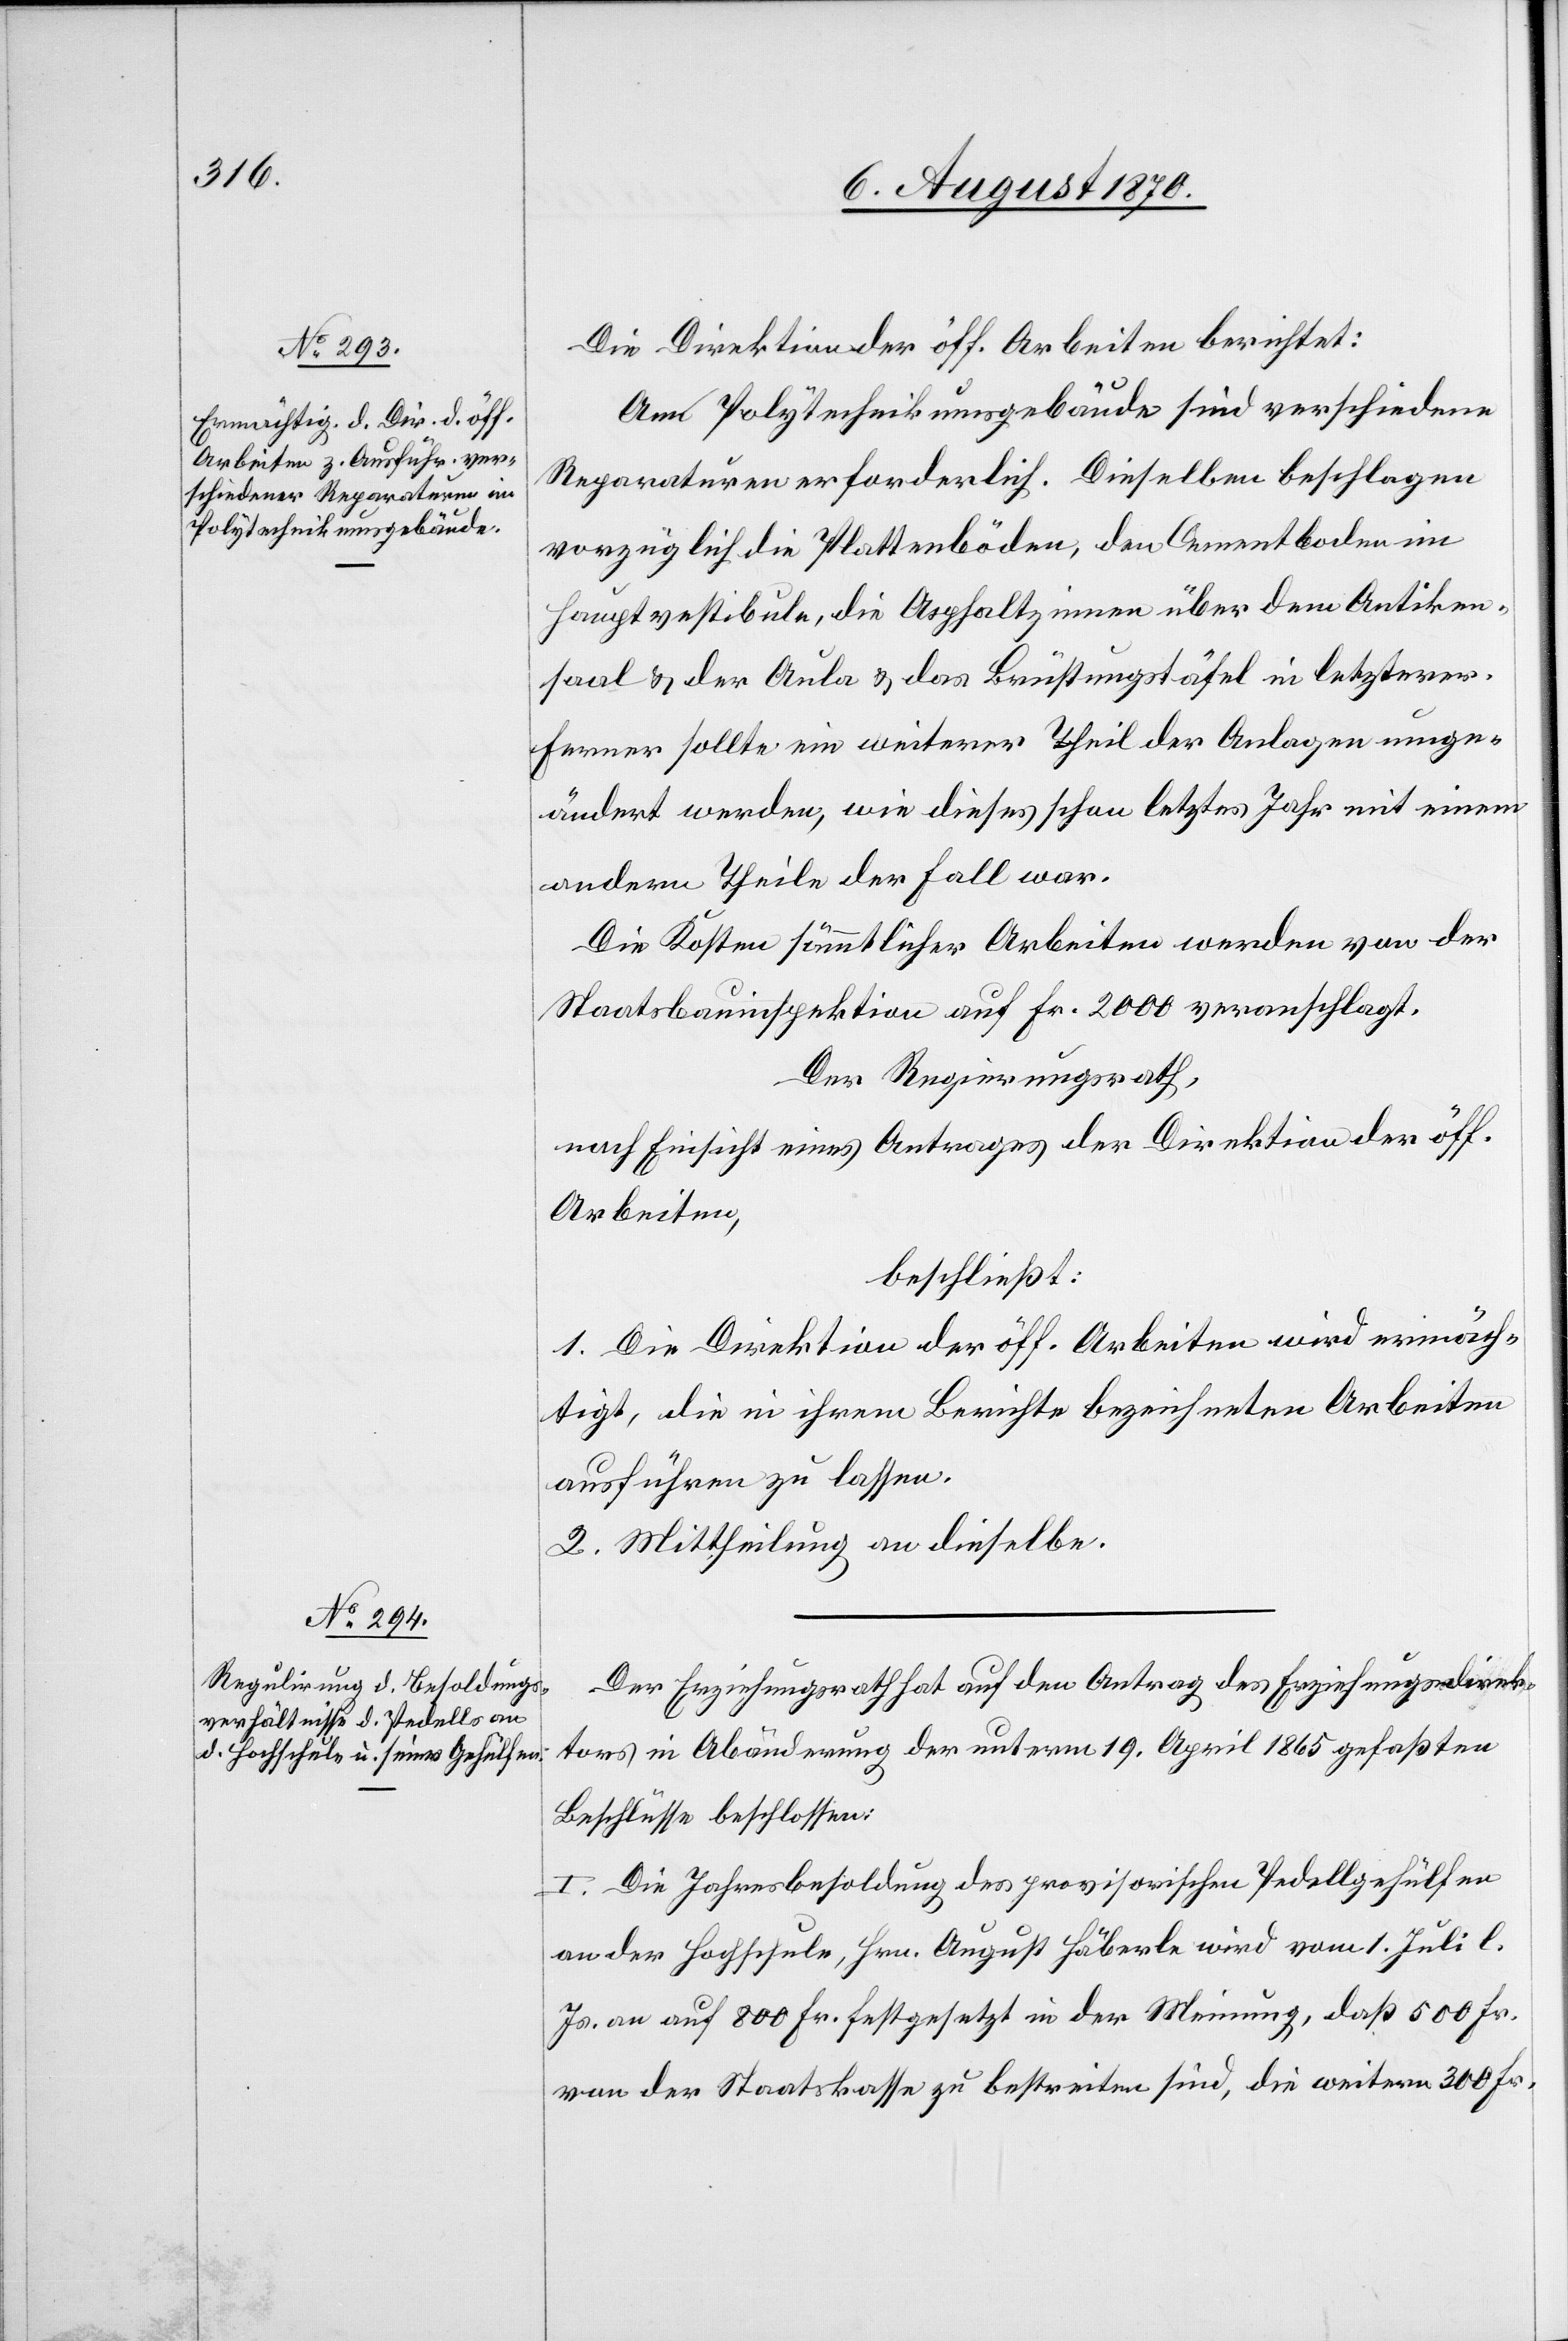
Die Direktion der öff. Arbeiten berichtet:
Am Polytechnikumsgebäude sind verschiedene
Reparaturen erforderlich. Dieselben beschlagen
vorzüglich Plattenböden, den Cementboden im
Hauptvestibule, die Asphaltzimmer über dem Antiken¬
saal & der Aula & das Brüstungstäfel in letzterer.
Ferner sollte ein weiterer Theil der Anlagen umge¬
ändert werden, wie dieses schon letztes Jahr mit einem
anderen Theile der Fall war.
Die Kosten sämmtlicher Arbeiten werden von der
Staatsbauinspektion auf Fr. 2000 veranschlagt.
Der Regierungsrath,
nach Einsicht eines Antrages der Direktion der öff.
Arbeiten,
beschließt:
1. Die Direktion der öff. Arbeiten wird ermäch¬
tigt, die in ihrem Berichte bezeichneten Arbeiten
ausführen zu lassen.
2. Mittheilung an dieselbe.
Der Erziehungsrath hat auf den Antrag des Erziehungsdirek¬
tors in Abänderung der unterm 19. April 1865 gefaßten
Beschlüsse beschlossen:
I. Die Jahresbesoldung des provisorischen Pedellgehülfen.
an der Hochschule, Hrn. August Häberle wird vom 1. Juli l.
Js. an auf 800 Fr. festgesetzt in der Meinung, daß 500 Fr.
von der Staatskasse zu bestreiten sind, die weitern 300 Fr.